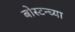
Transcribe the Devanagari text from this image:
बोस्टन्च्या